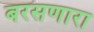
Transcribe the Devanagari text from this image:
बरसणारा